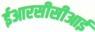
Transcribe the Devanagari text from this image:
ईआरसीसीआई